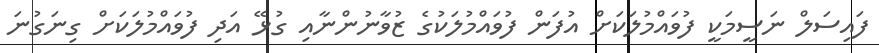
ފައިސަލް ނަސީމަކީ ފުވައްމުލަކަށް އުފަން ފުވައްމުލަކުގެ ޒުވާނުންނާއި ގުޅޭ އަދި ފުވައްމުލަކަށް ގިނަގުނަ